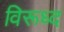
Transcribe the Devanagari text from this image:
विरूध्‍द